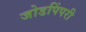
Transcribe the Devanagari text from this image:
जोडपिंपरी